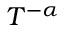
T ^ { - \alpha }